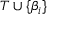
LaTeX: T \cup \{ \beta _ { i } \}